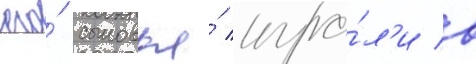
его́ сыновья́ игра́л'и в